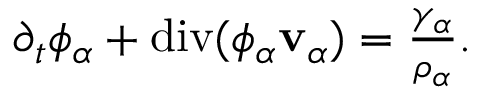
\begin{array} { r } { \partial _ { t } \phi _ { \alpha } + \mathrm { d i v } ( \phi _ { \alpha } \mathbf { v } _ { \alpha } ) = \frac { \gamma _ { \alpha } } { \rho _ { \alpha } } . } \end{array}